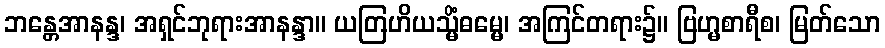
ဘန္တေအာနန္ဒ၊ အရှင်ဘုရားအာနန္ဒာ။ ယတြဟိယသ္မိံဓမ္မေ၊ အကြင်တရား၌။ ဗြဟ္မစာရီစ၊ မြတ်သော